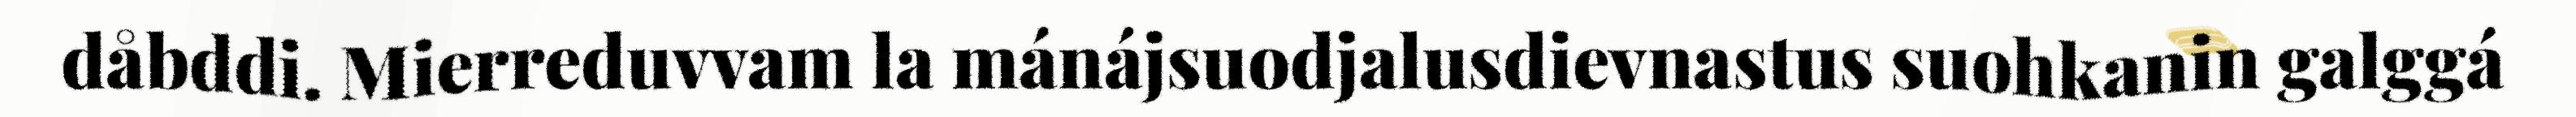
dåbddi. Mierreduvvam la mánájsuodjalusdievnastus suohkanin galggá